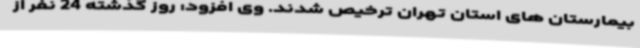
بیمارستان های استان تهران ترخیص شدند. وی افزود: روز گذشته 24 نفر از